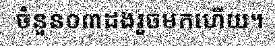
ចំនួន០៣ដងរួចមកហើយ។